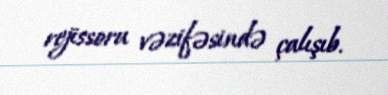
rejissoru vəzifəsində çalışıb.